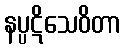
နပ္ပဋိသေဝိတာ